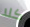
كلا